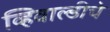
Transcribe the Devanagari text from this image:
व्हिवाल्डीचे